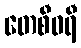
တေစီဝရီ